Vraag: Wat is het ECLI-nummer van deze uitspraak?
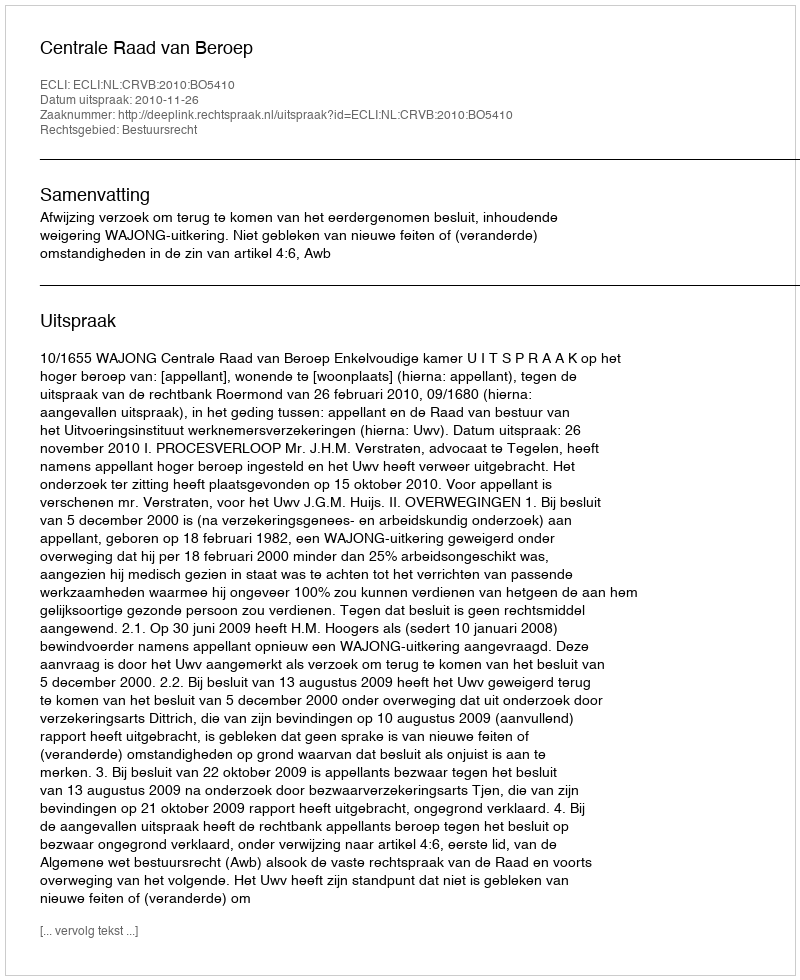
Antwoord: ECLI:NL:CRVB:2010:BO5410